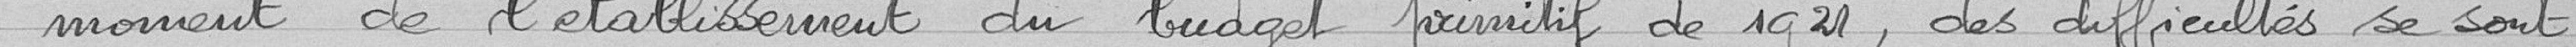
moment de l'établissement du budget primitif de 1921, des difficultés se sont